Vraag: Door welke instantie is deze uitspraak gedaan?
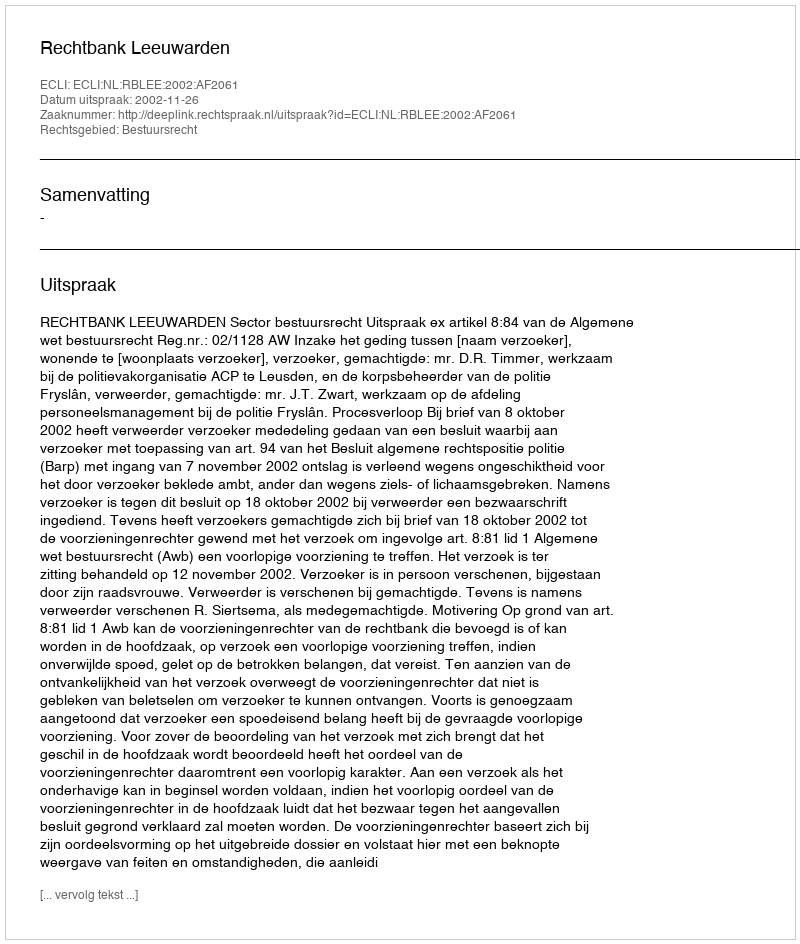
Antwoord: Rechtbank Leeuwarden